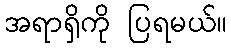
အရာရှိကို ပြရမယ်။